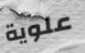
علوية